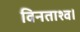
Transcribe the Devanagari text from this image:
विनताश्व।